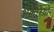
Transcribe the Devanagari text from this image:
अक्वेरियो